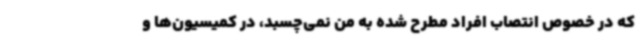
که در خصوص انتصاب افراد مطرح شده به من نمی‌چسبد، در کمیسیون‌ها و